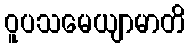
ဝူပသမေယျာမာတိ